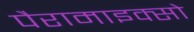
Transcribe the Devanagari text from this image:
पैरामाइक्सो